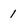
Character: 1